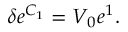
\begin{array} { r } { \delta e ^ { C _ { 1 } } = V _ { 0 } e ^ { 1 } . } \end{array}